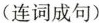
（连词成句）